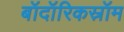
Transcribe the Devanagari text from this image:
बॉदॉरिकस्रॉम